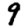
Digit: 9